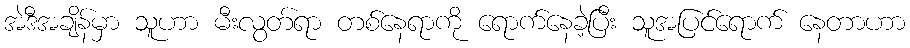
အဲဒီအချိန်မှာ သူဟာ မီးလွတ်ရာ တစ်နေရာကို ရောက်နေခဲ့ပြီး သူအပြင်ရောက် နေတာဟာ